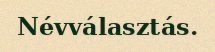
Névválasztás.